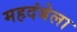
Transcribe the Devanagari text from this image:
महदंबेला